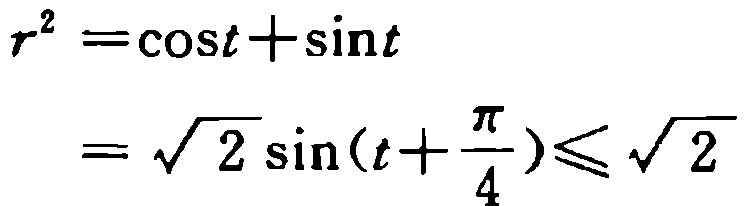
\[
\begin{align*}
r^{2}&=\cos t+\sin t\\
&=\sqrt{2}\sin(t + \frac{\pi}{4})\leqslant\sqrt{2}
\end{align*}
\]